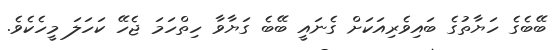
ބޭބެގެ ހަޔާތުގެ ބައިވެރިއަކަށް ގެނައީ ބޭބެ ގަޔާވާ ހިތްހަމަ ޖެހޭ ކަހަލަ މީހެކެވެ.